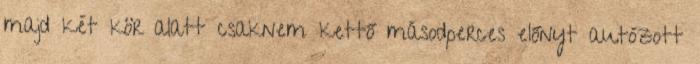
majd két kör alatt csaknem kettő másodperces előnyt autózott